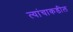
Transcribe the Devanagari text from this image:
त्यांचाकडील